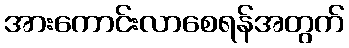
အားကောင်းလာစေရန်အတွက်